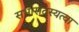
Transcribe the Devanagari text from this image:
सभासदस्यत्वा